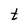
Character: t